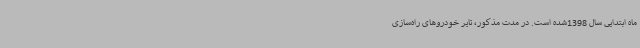
ماه ابتدایی سال 1398شده است. در مدت مذکور، تایر خودروهای راه‌سازی